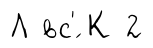
Л вс'́ К 2